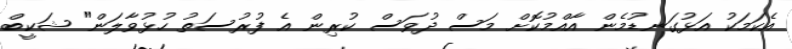
އެކަމަކު އަޅުގަނޑުމެން އާއްމުކޮށް މަސް ދުވަސް ކުރިން އެ ފުރުސަތު ހުޅުވާލަން" ޝަކީބް